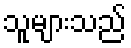
သူများသည်